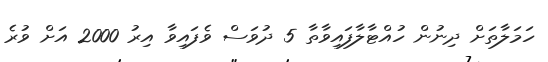
ހަމަލާތަށް ދިނުން ހުއްޓާލާފައިވާތާ 5 ދުވަސް ވެފައިވާ އިރު 2000 އަށް ވުރެ